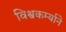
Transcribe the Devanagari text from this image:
विश्वकर्म्याने